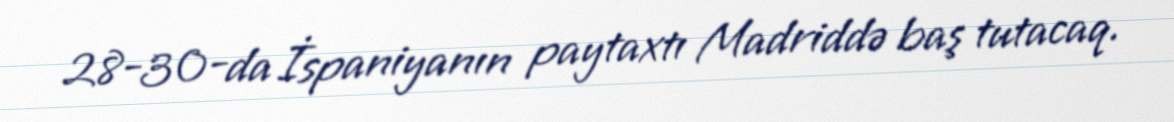
28-30-da İspaniyanın paytaxtı Madriddə baş tutacaq.